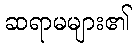
ဆရာမများ၏